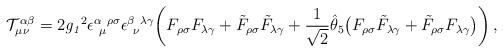
LaTeX: \begin{align*}{\cal T}^{\alpha\beta}_{\mu\nu} = 2 {\it g_1}^2\epsilon^{\alpha~\rho\sigma}_{~\mu} \epsilon^{\beta~\lambda\gamma}_{~\nu}\bigg( F_{\rho\sigma}F_{\lambda\gamma} + \tilde F_{\rho\sigma}\tilde F_{\lambda\gamma}+ {1\over \sqrt 2} \hat \theta_5 \big( F_{\rho\sigma} \tilde F_{\lambda\gamma}+ \tilde F_{\rho\sigma} F_{\lambda\gamma} \big) \bigg) \,,\end{align*}